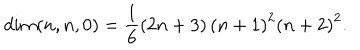
d i m ( n , n , 0 ) = \frac { 1 } { 6 } \left( 2 n + 3 \right) \left( n + 1 \right) ^ { 2 } \left( n + 2 \right) ^ { 2 } .